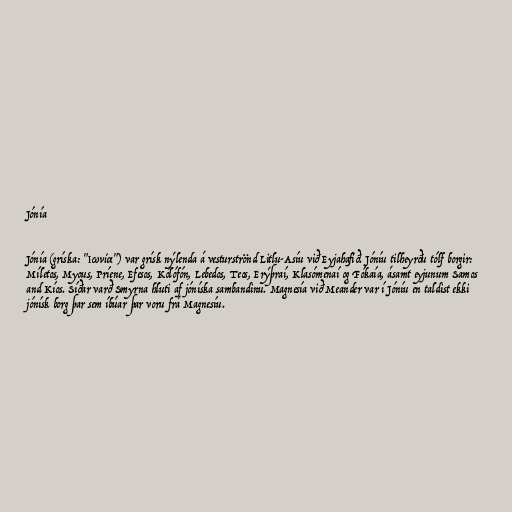
Jónía

Jónía (gríska: "Ιωνία") var grísk nýlenda á vesturströnd Litlu-Asíu við Eyjahafið. Jóníu tilheyrðu tólf borgir:
Míletos, Myous, Príene, Efesos, Kólófón, Lebedos, Teos, Erýþraí, Klasómenaí og Fókaía, ásamt eyjunum Samos
and Kíos. Síðar varð Smyrna hluti af jóníska sambandinu. Magnesía við Meander var í Jóníu en taldist ekki
jónísk borg þar sem íbúar þar voru frá Magnesíu.